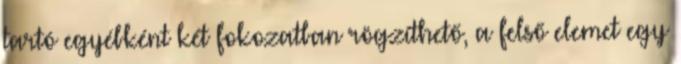
tartó egyébként két fokozatban rögzíthető, a felső elemet egy